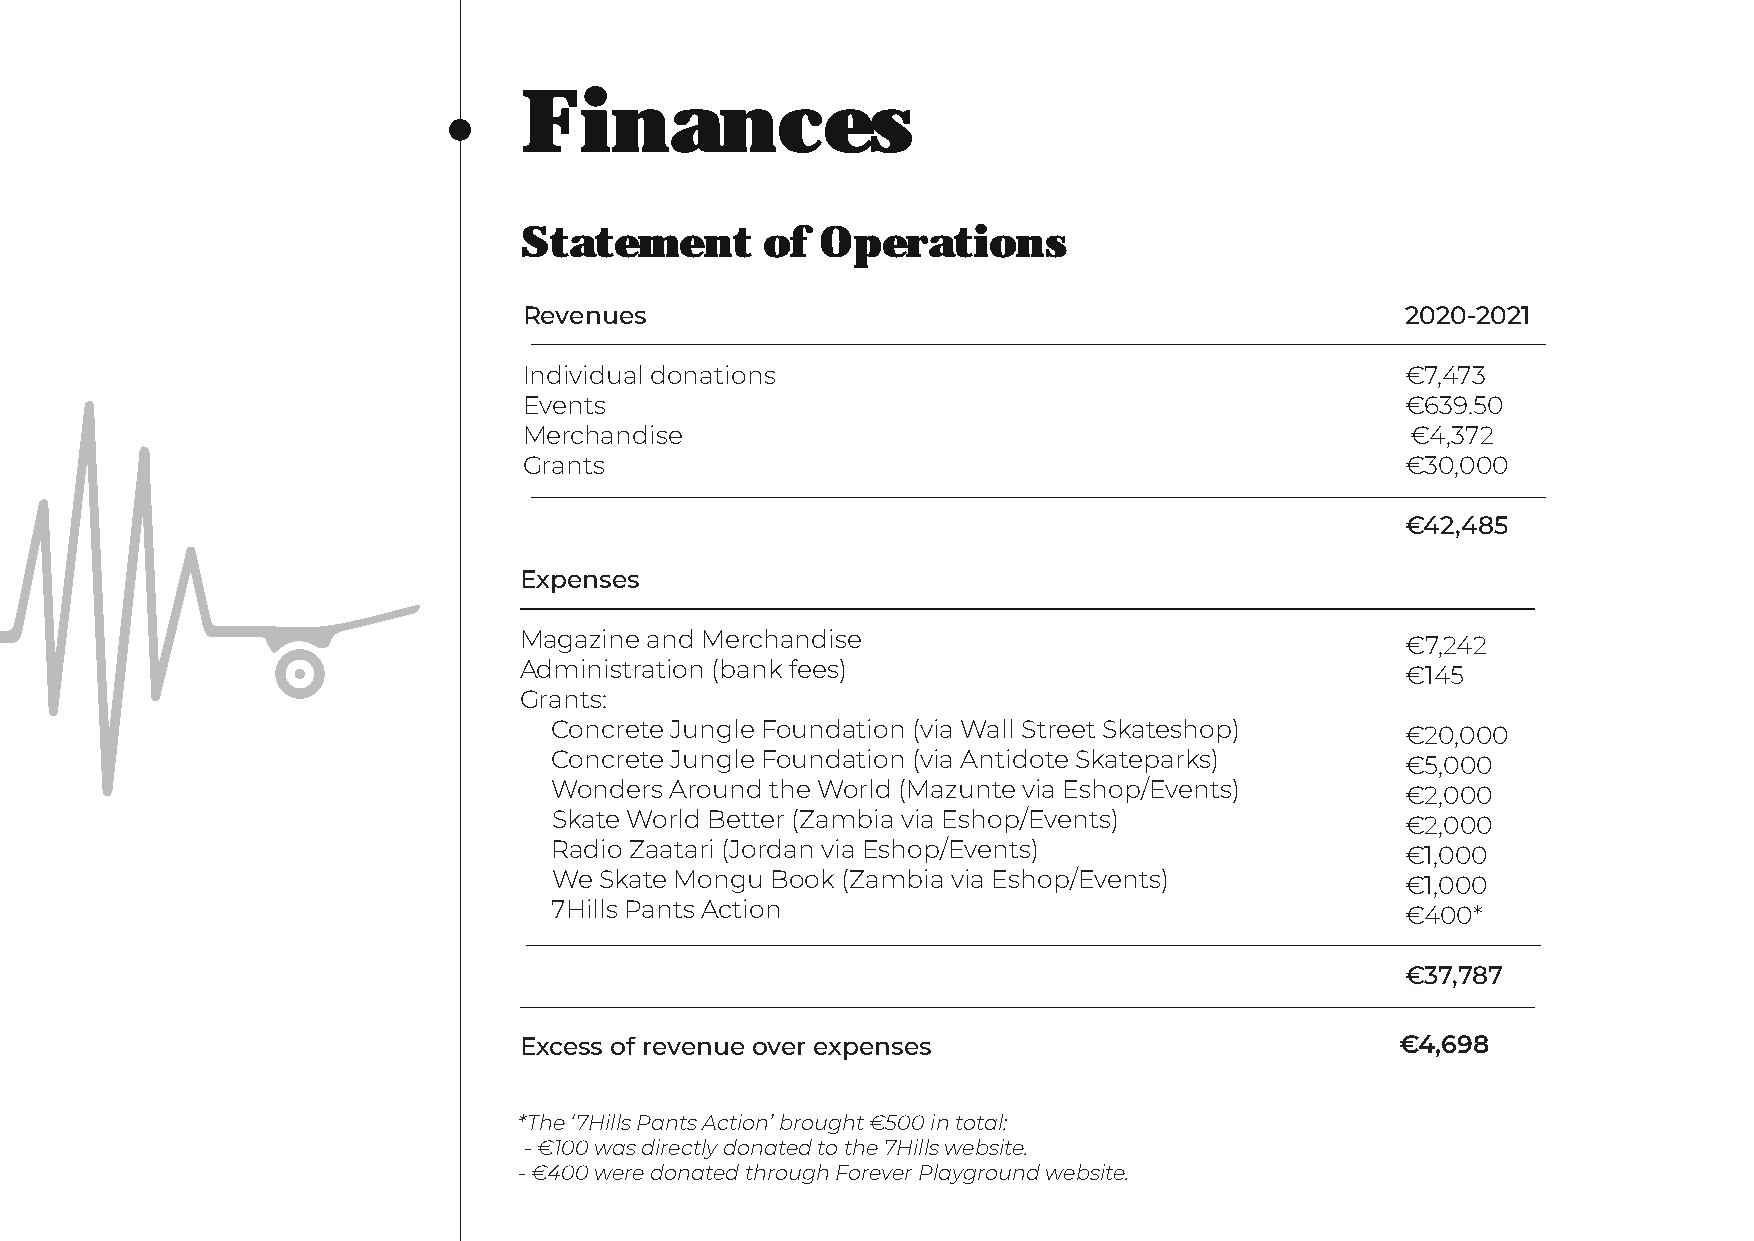
Finances
 Statement        of Operations
 Revenues                                                  2020-2021
 Individual donations                                      €7,473
 Events                                                    €639.50
 Merchandise                                               €4,372
 Grants                                                    €30,000
 €42,485
 Expenses
 Magazine and Merchandise                                   €7,242
 Administration (bank fees)                                 €145
 Grants:
 Concrete Jungle Foundation (via Wall Street Skateshop)  €20,000
 Concrete Jungle Foundation (via Antidote Skateparks)    €5,000
 Wonders Around the World (Mazunte via Eshop/Events)     €2,000
 Skate World Better (Zambia via Eshop/Events)            €2,000
 Radio Zaatari (Jordan via Eshop/Events)                 €1,000
 We Skate Mongu Book (Zambia via Eshop/Events)           €1,000
 7Hills Pants Action                                     €400*
 €37,787
 Excess of revenue over expenses                            €4,698
 *The ‘7Hills Pants Action’ brought €500 in total:
 - €100 was directly donated to the 7Hills website.
 - €400 were donated through Forever Playground website.